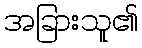
အခြားသူ၏